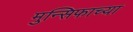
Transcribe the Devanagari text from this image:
मुन्सिफाच्या